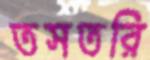
তসতরি